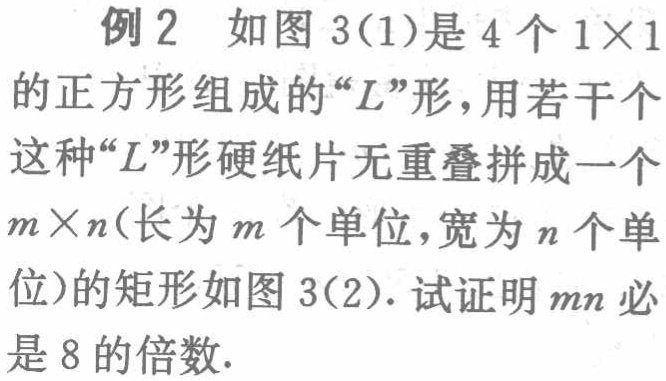
例2 如图3(1)是4个\(1\times1\)的正方形组成的“\(L\)”形，用若干个这种“\(L\)”形硬纸片无重叠拼成一个\(m\times n\)(长为\(m\)个单位，宽为\(n\)个单位)的矩形如图3(2). 试证明\(mn\)必是8的倍数.